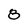
Character: 8